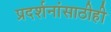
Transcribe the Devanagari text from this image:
प्रदर्शनांसाठीही